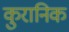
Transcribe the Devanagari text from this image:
कुरानिक